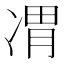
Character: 𪞦